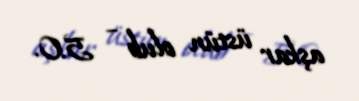
aşkar üstün olub – 5:0.